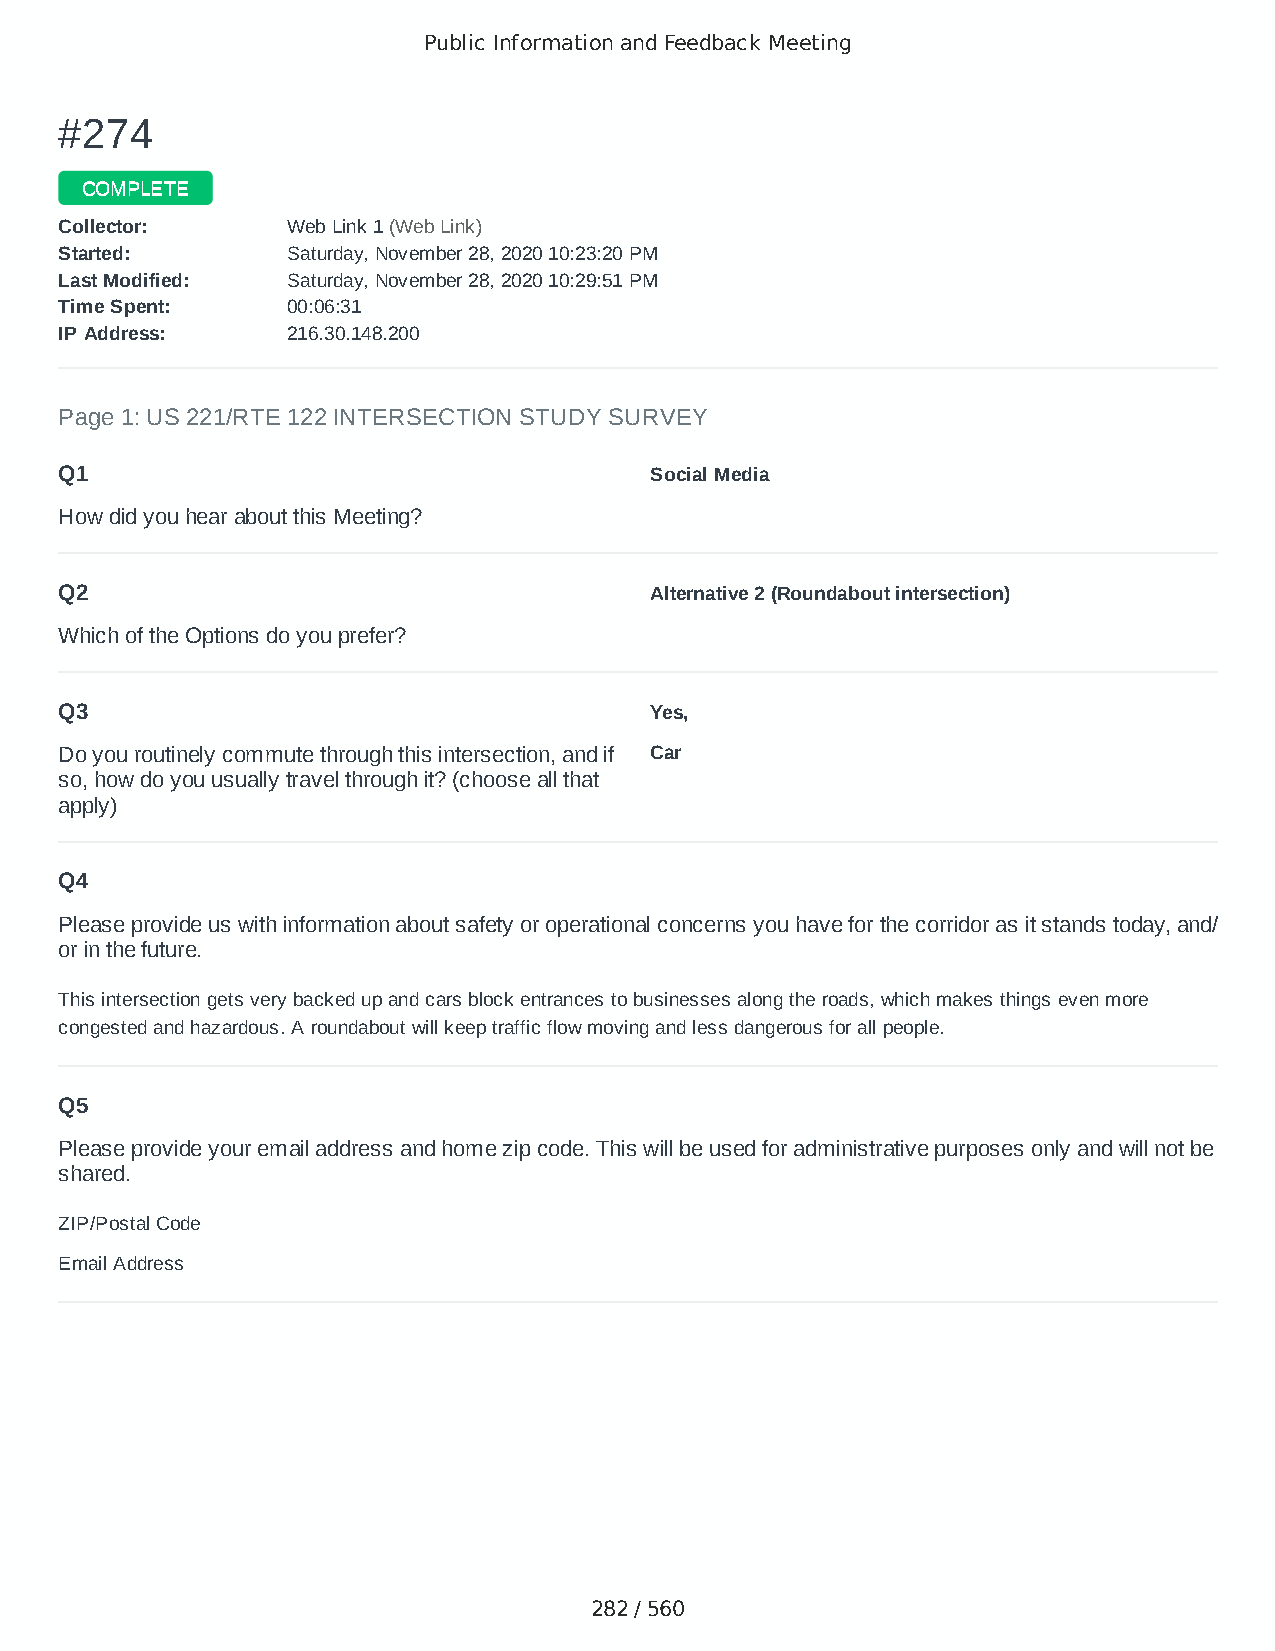
Public Information and Feedback Meeting
 ##227744
 CCOOMMPPLLEETTEE
 CCoolllleeccttoorr:: WWeebb LLiinnkk 11 ((WWeebb LLiinnkk))
 SSttaarrtteedd:: SSaattuurrddaayy,, NNoovveemmbbeerr 2288,, 22002200 1100::2233::2200 PPMM
 LLaasstt MMooddiiffiieedd:: SSaattuurrddaayy,, NNoovveemmbbeerr 2288,, 22002200 1100::2299::5511 PPMM
 TTiimmee SSppeenntt:: 0000::0066::3311
 IIPP AAddddrreessss:: 221166..3300..114488..220000
 Page 1: US 221/RTE 122 INTERSECTION STUDY SURVEY
 Q1                                     Social Media
 How did you hear about this Meeting?
 Q2                                     Alternative 2 (Roundabout intersection)
 Which of the Options do you prefer?
 Q3                                     Yes,
 Do you routinely commute through this intersection, and if Car
 so, how do you usually travel through it? (choose all that
 apply)
 Q4
 Please provide us with information about safety or operational concerns you have for the corridor as it stands today, and/
 or in the future.
 This intersection gets very backed up and cars block entrances to businesses along the roads, which makes things even more
 congested and hazardous. A roundabout will keep traffic flow moving and less dangerous for all people.
 Q5
 Please provide your email address and home zip code. This will be used for administrative purposes only and will not be
 shared.
 ZIP/Postal Code                        24523
 Email Address                          bob-bob1126@outlook.com
 282 / 560